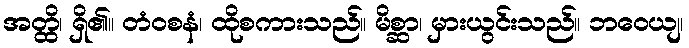
အတ္ထိ၊ ရှိ၏။ တံဝစနံ၊ ထိုစကားသည်။ မိစ္ဆာ၊ မှားယွင်းသည်။ ဘဝေယျ၊